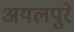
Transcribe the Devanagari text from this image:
अयलपुरे